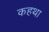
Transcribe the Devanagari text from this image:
कहथा